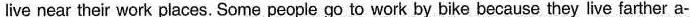
live near their work places. Some people go to work by bike because they live farther a-